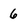
Character: 6